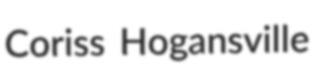
Coriss Hogansville